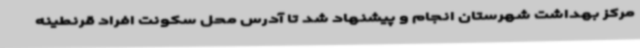
مرکز بهداشت شهرستان انجام و پیشنهاد شد تا آدرس محل سکونت افراد قرنطینه